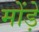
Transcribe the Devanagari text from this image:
मोंड़े